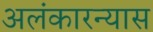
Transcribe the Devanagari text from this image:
अलंकारन्यास